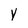
Character: Y